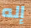
إله